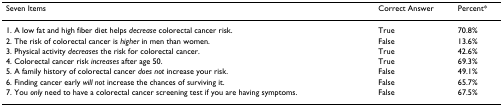
| Seven Items | Correct Answer | Percent* |
 | --- | --- | --- |
 | 1. A low fat and high fiber diet helps decrease colorectal cancer risk. | True | 70.8% |
 | 2. The risk of colorectal cancer is higher in men than women. | False | 13.6% |
 | 3. Physical activity decreases the risk for colorectal cancer. | True | 42.6% |
 | 4. Colorectal cancer risk increases after age 50. | True | 69.3% |
 | 5. A family history of colorectal cancer does not increase your risk. | False | 49.1% |
 | 6. Finding cancer early will not increase the chances of surviving it. | False | 65.7% |
 | 7. You only need to have a colorectal cancer screening test if you are having symptoms. | False | 67.5% |